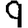
Digit: 9